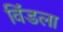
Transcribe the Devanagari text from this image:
विंडला